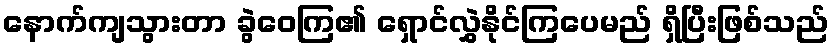
နောက်ကျသွားတာ ခွဲဝေကြ၏ ရှောင်လွှဲနိုင်ကြပေမည် ရှိပြီးဖြစ်သည်